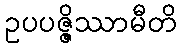
ဥပပဇ္ဇိဿာမီတိ